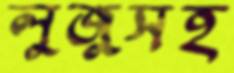
লুজুসহ